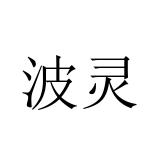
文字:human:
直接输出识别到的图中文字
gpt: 波灵